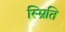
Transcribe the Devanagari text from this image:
स्म्रिति